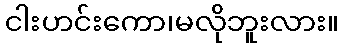
ငါးဟင်းကော၊မလိုဘူးလား။